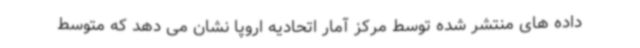
داده های منتشر شده توسط مرکز آمار اتحادیه اروپا نشان می دهد که متوسط